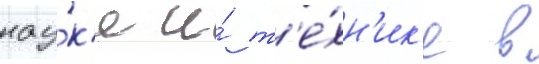
нау́к'е и́ т'е́хн'ик'е в